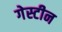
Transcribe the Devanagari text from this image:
गेस्टीन